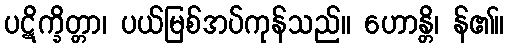
ပဋိက္ခိတ္တာ၊ ပယ်မြစ်အပ်ကုန်သည်။ ဟောန္တိ၊ န်၏။